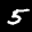
Label: 5